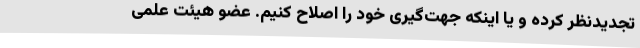
تجدیدنظر کرده و یا اینکه جهت‌گیری خود را اصلاح کنیم. عضو هیئت علمی